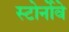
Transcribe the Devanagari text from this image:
स्टोर्नोवे